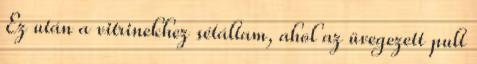
Ez után a vitrinekhez sétáltam, ahol az üvegezett pult